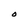
Character: O